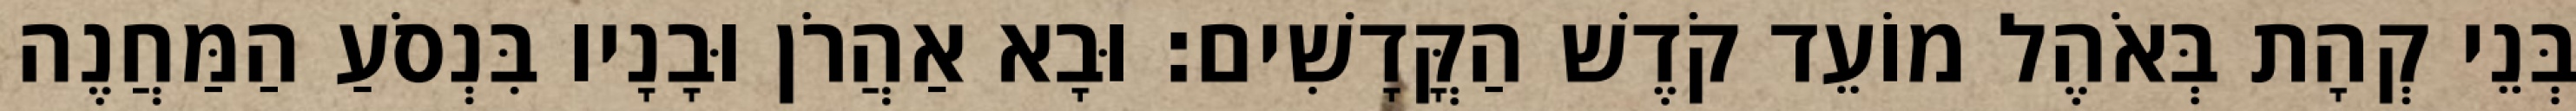
בְּנֵי קְהָת בְּאֹהֶל מוֹעֵד קֹדֶשׁ הַקֳּדָשִׁים׃ וּבָא אַהֲרֹן וּבָנָיו בִּנְסֹעַ הַמַּחֲנֶה